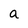
Character: a